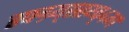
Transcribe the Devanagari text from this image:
स्फ्ग्र्य्ह्ह्य्व्४ग